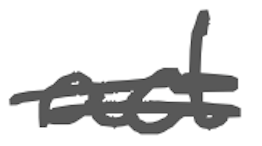
Text: act
Cross-out: double-line
Writing tool: digital_gray